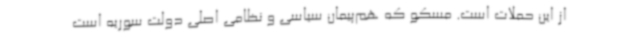
از این حملات است. مسکو که هم‌پیمان سیاسی و نظامی اصلی دولت سوریه است